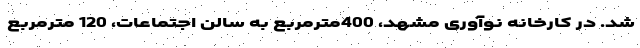
شد. در کارخانه نوآوری مشهد، 400مترمربع به سالن اجتماعات، 120 مترمربع